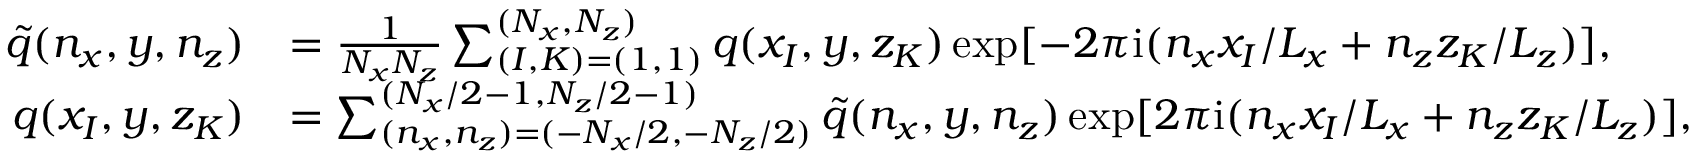
\begin{array} { r l } { \tilde { q } ( n _ { x } , y , n _ { z } ) } & { = \frac { 1 } { N _ { x } N _ { z } } \sum _ { ( I , K ) = ( 1 , 1 ) } ^ { ( N _ { x } , N _ { z } ) } q ( x _ { I } , y , z _ { K } ) \exp [ - 2 \pi \mathrm { i } ( n _ { x } x _ { I } / L _ { x } + n _ { z } z _ { K } / L _ { z } ) ] , } \\ { q ( x _ { I } , y , z _ { K } ) } & { = \sum _ { ( n _ { x } , n _ { z } ) = ( - N _ { x } / 2 , - N _ { z } / 2 ) } ^ { ( N _ { x } / 2 - 1 , N _ { z } / 2 - 1 ) } \tilde { q } ( n _ { x } , y , n _ { z } ) \exp [ 2 \pi \mathrm { i } ( n _ { x } x _ { I } / L _ { x } + n _ { z } z _ { K } / L _ { z } ) ] , } \end{array}